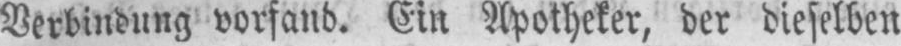
Verbindung vorfand. Ein Apotheker, der dieselben